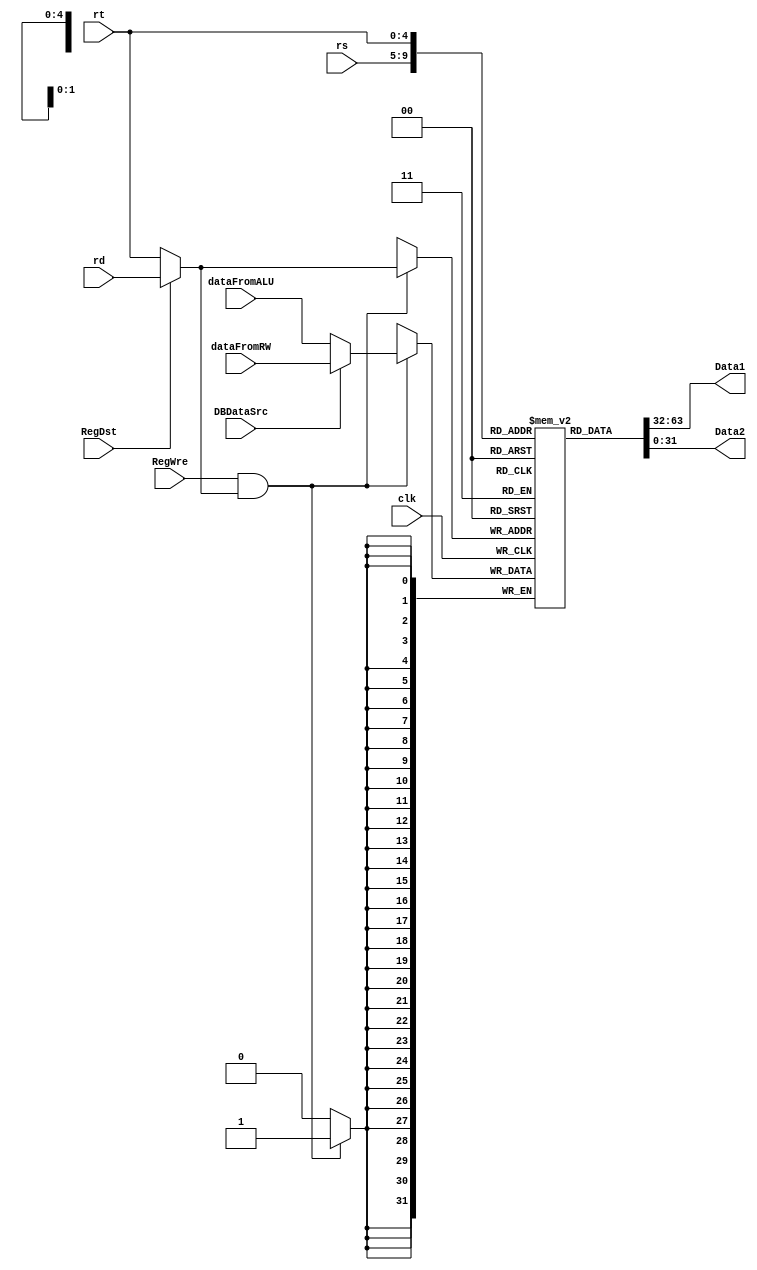
`timescale 1ns / 1ps
//////////////////////////////////////////////////////////////////////////////////
// Company: 
// Engineer: 
// 
// Design Name: 
// Module Name: RegisterFile
// Project Name: 
// Target Devices: 
// Tool Versions: 
// Description: 
// 
// Dependencies: 
// 
// Revision:
// Revision 0.01 - File Created
// Additional Comments:
// 
//////////////////////////////////////////////////////////////////////////////////


module RegisterFile(
    input clk,
    input RegWre,
    input RegDst,
    input [4:0] rs,
    input [4:0] rt,
    input [4:0] rd,
    input DBDataSrc,
    input [31:0] dataFromALU,
    input [31:0] dataFromRW,
    output [31:0] Data1,
    output [31:0] Data2
    );
    wire [4:0] writeReg;
    wire [31:0] writeData;

    assign writeReg = RegDst ? rd : rt;
    assign writeData = DBDataSrc ? dataFromRW : dataFromALU;

    reg [31:0] register[0:31];

    integer i;
    initial begin
        for (i = 0; i < 32; i = i + 1) register[i] <= 0;
    end

    // output
    assign Data1 = register[rs];
    assign Data2 = register[rt];

    // Write Reg 
    always @(negedge clk) begin
        // prevent data from writing into register 0
        if (RegWre && writeReg) register[writeReg] = writeData;
    end
endmodule